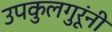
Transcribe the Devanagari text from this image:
उपकुलगुरूंनी